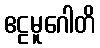
ဧဠမူဂေါတိ